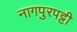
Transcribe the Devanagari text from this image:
नागपुरपट्टी